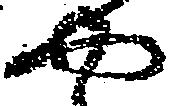
や